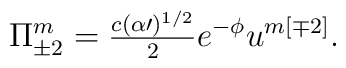
\Pi^m_{\pm2}={\textstyle\frac{c(\alpha\prime)^{1/2}}{2}}e^{-\phi}u^{m[\mp2]}.